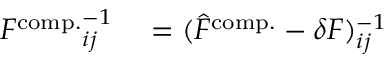
\begin{array} { r l } { { F ^ { \mathrm { c o m p . } } } _ { i j } ^ { - 1 } } & { { } = ( \hat { F } ^ { \mathrm { c o m p . } } - \delta F ) _ { i j } ^ { - 1 } } \end{array}